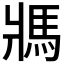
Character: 𩡽